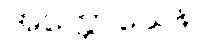
အက္ကောသေန